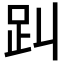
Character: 𧾻